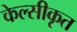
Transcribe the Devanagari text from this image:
केल्सीकृत